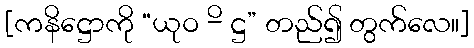
[ကနိဋ္ဌောကို “ယုဝ -ိ ဋ္ဌ” တည်၍ တွက်လေ။]